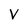
Character: V